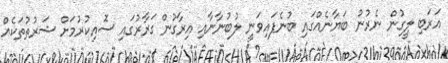
އަރަބި ލީގުން ނެރުނު ބަޔާނެއްގައި ބުނެފައިވަނީ ލުބުނާނާއި އިރާގުން ގަރާރުގައި ސޮއިކުރުމަށް ޝަރުތުތަކެއް